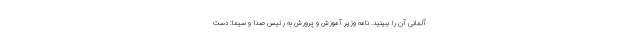
آلمانی آن را ببینید. نامه وزیر آموزش و پرورش به رئیس صدا و سیما: دست